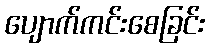
ပျောက်ကင်းစေခြင်း